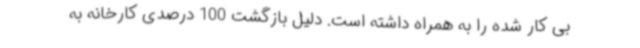
بی کار شده را به همراه داشته است. دلیل بازگشت 100 درصدی کارخانه به